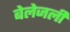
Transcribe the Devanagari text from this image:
बेलेजली